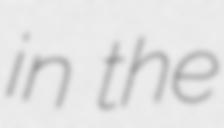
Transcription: in the